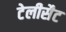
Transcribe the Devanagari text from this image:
टेलीसैट